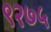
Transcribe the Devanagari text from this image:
९२७५